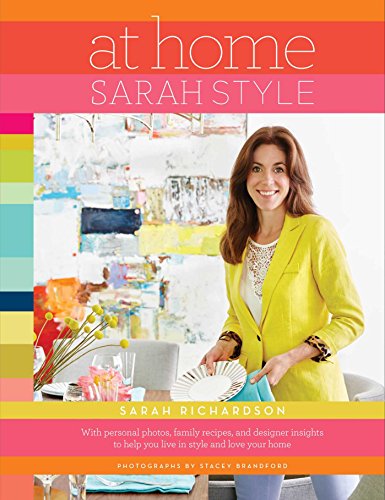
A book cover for At Home: Sarah Style; Sarah Richardson; Crafts, Hobbies & Home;